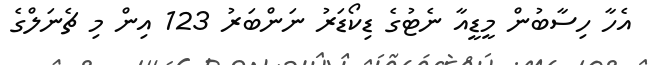
އެހާ ހިސާބުން މީޑީއާ ނެޓުގެ ޑިކޯޑަރު ނަންބަރު 123 އިން މި ޗެނަލްގެ